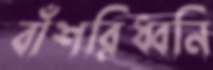
বাঁশরিধ্বনি